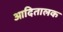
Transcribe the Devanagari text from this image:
आदितालक